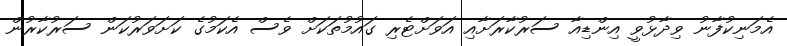
އެމަނިކުފާނު ވިދާޅުވީ އިންޑިއާ ސަރުކާރަށާއި އަވަށްޓެރި ގައުމުތަކަށް ވެސް އެކަމުގެ ކަށަވަރުކަން ސަރުކާރުން